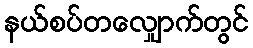
နယ်စပ်တလျှောက်တွင်